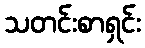
သတင်းစာရှင်း